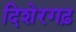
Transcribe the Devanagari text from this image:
दिशेरगढ़